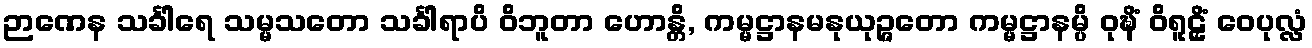
ဉာဏေန သင်္ခါရေ သမ္မသတော သင်္ခါရာပိ ဝိဘူတာ ဟောန္တိ, ကမ္မဋ္ဌာနမနုယုဉ္ဇတော ကမ္မဋ္ဌာနမ္ပိ ဝုဍ္ဎိံ ဝိရူဠှိံ ဝေပုလ္လံ